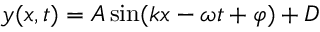
y ( x , t ) = A \sin ( k x - \omega t + \varphi ) + D